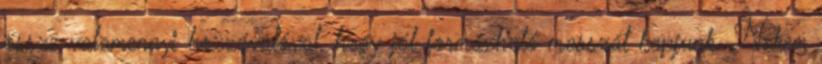
össze valamennyi hozzávalóval, hogy jól formázható masszát kapjunk. Nekem